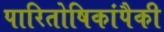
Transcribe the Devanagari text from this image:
पारितोषिकांपैकी